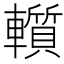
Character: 𨏑